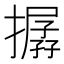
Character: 𢵔